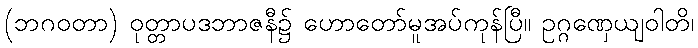
(ဘဂဝတာ) ဝုတ္တာပဒဘာဇနီ၌ ဟောတော်မူအပ်ကုန်ပြီ။ ဥဂ္ဂဏှေယျဝါတိ၊